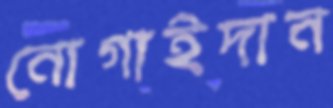
নোগাইদান